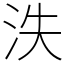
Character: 泆